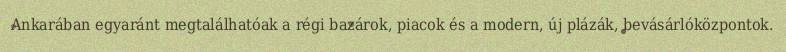
Ankarában egyaránt megtalálhatóak a régi bazárok, piacok és a modern, új plázák, bevásárlóközpontok.